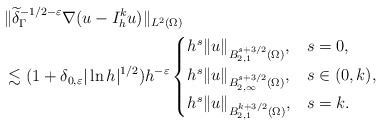
\begin{align*}&\|\widetilde\delta_\Gamma^{-1/2-\varepsilon} \nabla (u - I^k_h u)\|_{L^2(\Omega)} \\ &\lesssim (1 + \delta_{0,\varepsilon} |\ln h|^{1/2}) h^{-\varepsilon} \begin{cases}h^s \|u\|_{B^{s+3/2}_{2,1}(\Omega)}, & s = 0,\\ h^s \|u\|_{B^{s+3/2}_{2,\infty}(\Omega)}, & s \in (0,k), \\h^s \|u\|_{B^{k+3/2}_{2,1}(\Omega)}, & s = k.\end{cases}\end{align*}